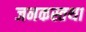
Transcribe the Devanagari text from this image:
जनकस्तथा